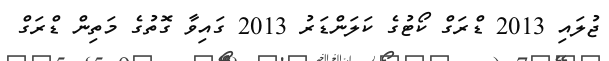
ޖުލައި 2013 ޑްރަގް ކޯޓުގެ ކަލަންޑަރު 2013 ގައިވާ ގޮތުގެ މަތިން ޑްރަގް